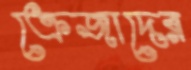
ক্রেজাদের